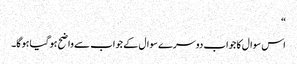
“
اس سوال کا جواب دوسرے سوال کے جواب سے واضح ہوگیا ہوگا۔